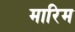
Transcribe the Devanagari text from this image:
मारिम